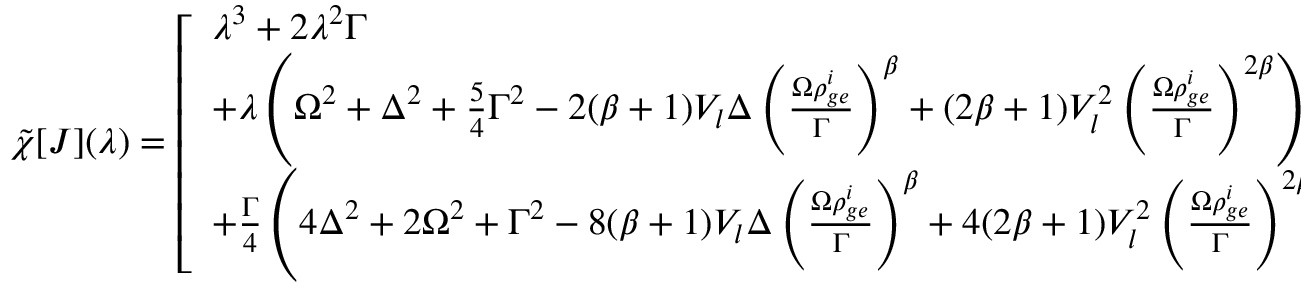
\tilde { \chi } [ J ] ( \lambda ) = \left[ \begin{array} { l } { \lambda ^ { 3 } + 2 \lambda ^ { 2 } \Gamma } \\ { + \lambda \left( \Omega ^ { 2 } + \Delta ^ { 2 } + \frac { 5 } { 4 } \Gamma ^ { 2 } - 2 ( \beta + 1 ) V _ { l } \Delta \left( \frac { \Omega \rho _ { g e } ^ { i } } { \Gamma } \right) ^ { \beta } + ( 2 \beta + 1 ) V _ { l } ^ { 2 } \left( \frac { \Omega \rho _ { g e } ^ { i } } { \Gamma } \right) ^ { 2 \beta } \right) } \\ { + \frac { \Gamma } { 4 } \left( 4 \Delta ^ { 2 } + 2 \Omega ^ { 2 } + \Gamma ^ { 2 } - 8 ( \beta + 1 ) V _ { l } \Delta \left( \frac { \Omega \rho _ { g e } ^ { i } } { \Gamma } \right) ^ { \beta } + 4 ( 2 \beta + 1 ) V _ { l } ^ { 2 } \left( \frac { \Omega \rho _ { g e } ^ { i } } { \Gamma } \right) ^ { 2 \beta } \right) } \end{array} \right]